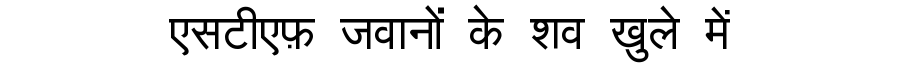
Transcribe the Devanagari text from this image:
एसटीएफ़ जवानों के शव खुले में